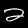
Digit: 2